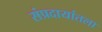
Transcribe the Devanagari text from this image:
संप्रदायांतला